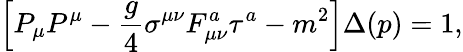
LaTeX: \left[P_{\mu}P^{\mu}-{\frac{g}{4}}\sigma^{\mu\nu}F_{\mu\nu}^{a}\tau^{a}-m^{2}\right]\Delta(p)=1,